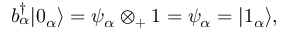
b _ { \alpha } ^ { \dagger } | 0 _ { \alpha } \rangle = \psi _ { \alpha } \otimes _ { + } 1 = \psi _ { \alpha } = | 1 _ { \alpha } \rangle ,